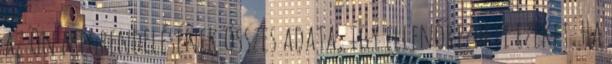
az Ön megrendelésének összes adata, így ellenőrizheti ezeket. Ha